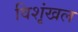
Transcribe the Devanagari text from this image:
विशृंखल